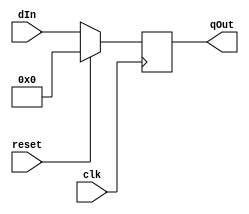
module four_bit_register (input [7:0] dIn, input clk, input reset, output reg[7:0] qOut); 
    wire [7:0] d;
    wire clkW;
    assign d = dIn; 

    always@ (posedge clk) begin
        if (reset)
            qOut <= 8'b00000000;
        else   
            qOut <= dIn;
    end
endmodule

module part2 (Clock, Reset_b, Data, Function, ALUout);

    input [3:0] Data;
    input Clock;
    input Reset_b;
    input [1:0] Function;
    output [7:0] ALUout;

    reg [7:0] q;

    always @(*)
    begin
        case (Function)
            0: q = Data + ALUout[3:0];
            1: q = Data * ALUout[3:0]; 
            2: q = ALUout << Data;  
            3: q = {ALUout[7:0]};
            default: q = 8'b00000000;
        endcase
    end

    four_bit_register reg1(.dIn(q), .clk(Clock), .reset(Reset_b), .qOut(ALUout));

endmodule